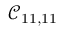
\mathcal { C } _ { 1 1 , 1 1 }